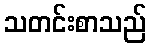
သတင်းစာသည်